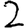
Digit: 2